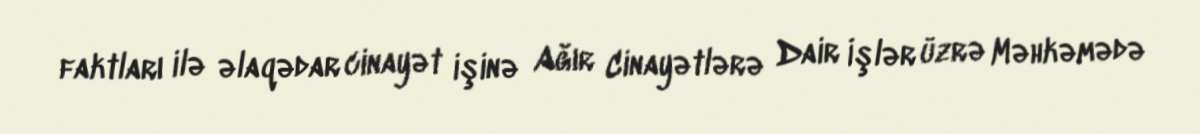
faktları ilə əlaqədar cinayət işinə Ağır Cinayətlərə Dair İşlər üzrə Məhkəmədə